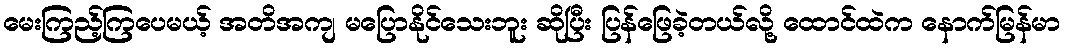
မေးကြည့်ကြပေမယ့် အတိအကျ မပြောနိုင်သေးဘူး ဆိုပြီး ပြန်ဖြေခဲ့တယ်လို့ ထောင်ထဲက နောက်မြန်မာ